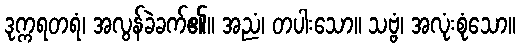
ဒုက္ကရတရံ၊ အလွန်ခဲခက်၏။ အညံ၊ တပါးသော။ သဗ္ဗံ၊ အလုံးစုံသော။